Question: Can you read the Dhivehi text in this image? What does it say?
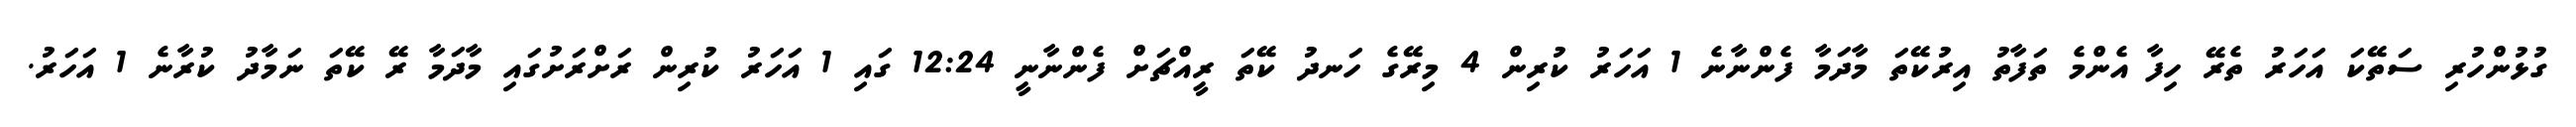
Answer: ގުޅުންހުރި ސަތޭކަ އަހަރު ތެރޭ ހިފާ އެންމެ ތަފާތު އިރުކޭތަ މާދަމާ ފެންނާނެ 1 އަހަރު ކުރިން 4 މިރޭގެ ހަނދު ކޭތަ ރީއްޗަށް ފެންނާނީ 12:24 ގައި 1 އަހަރު ކުރިން ރަށްރަށުގައި މާދަމާ ރޭ ކޭތަ ނަމާދު ކުރާނެ 1 އަހަރު.